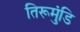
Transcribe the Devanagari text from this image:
तिरूमुंडि